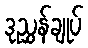
ဒုညွှန်ချုပ်